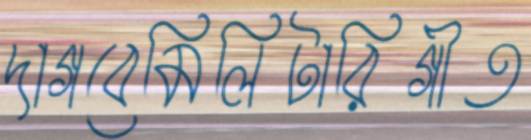
দাগবেমিলিটারিগীত